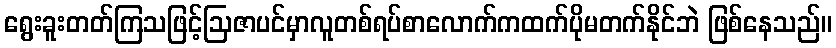
ရွေးခူးတတ်ကြသဖြင့်ဩဇာပင်မှာလူတစ်ရပ်စာလောက်ကထက်ပိုမတက်နိုင်ဘဲ ဖြစ်နေသည်။